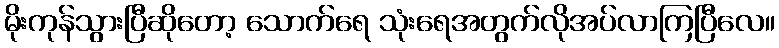
မိုးကုန်သွားပြီဆိုတော့ သောက်ရေ သုံးရေအတွက်လိုအပ်လာကြပြီလေ။